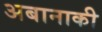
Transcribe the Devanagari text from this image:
अबानाकी